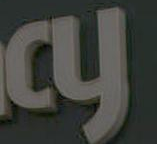
cy